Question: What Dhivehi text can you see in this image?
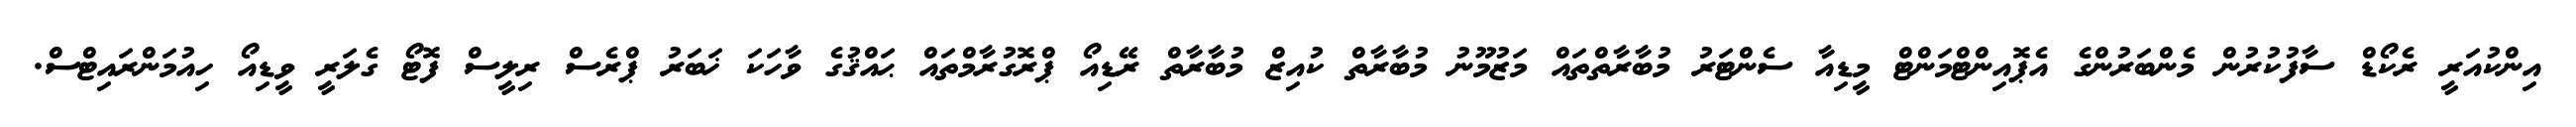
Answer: އިންކުއަރީ ރެކޯޑް ސާފުކުރުން މެންބަރުންގެ އެޕޮއިންޓްމަންޓް މީޑިއާ ސެންޓަރު މުބާރާތްތައް މަޒުމޫނު މުބާރާތް ކުއިޒް މުބާރާތް ރޭޑިއޯ ޕްރޮގުރާމްތައް ޙައްޤުގެ ވާހަކަ ޚަބަރު ޕްރެސް ރިލީސް ފޮޓޯ ގެލަރީ ވީޑިއޯ ހިއުމަންރައިޓްސް.